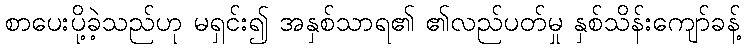
စာပေးပို့ခဲ့သည်ဟု မရှင်း၍ အနှစ်သာရ၏ ၏လည်ပတ်မှု နှစ်သိန်းကျော်ခန့်